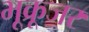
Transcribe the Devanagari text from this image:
भूक्रूजर